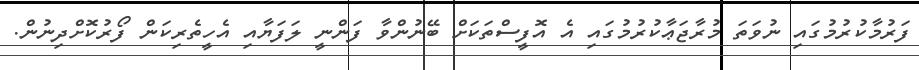
ފަރުމާކުރުމުގައި ނުވަތަ މުރާޖަޢާކުރުމުގައި އެ އޮފީސްތަކަށް ބޭނުންވާ ފަންނީ ލަފަޔާއި އެހީތެރިކަން ފޯރުކޮށްދިނުން.